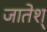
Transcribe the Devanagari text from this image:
जातेश्